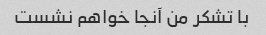
با تشکر من آنجا خواهم نشست